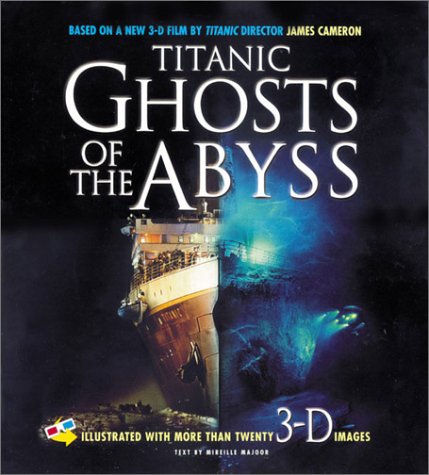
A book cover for Titanic: Ghosts of the Abyss; Mireille Major; Children's Books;